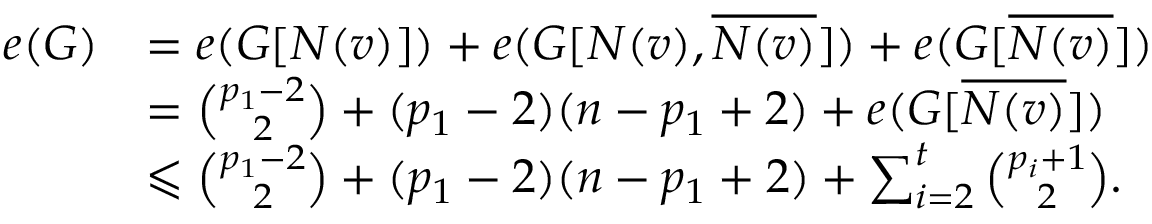
\begin{array} { r l } { e ( G ) } & { = e ( G [ N ( v ) ] ) + e ( G [ N ( v ) , \overline { { N ( v ) } } ] ) + e ( G [ \overline { { N ( v ) } } ] ) } \\ & { = \binom { p _ { 1 } - 2 } { 2 } + ( p _ { 1 } - 2 ) ( n - p _ { 1 } + 2 ) + e ( G [ \overline { { N ( v ) } } ] ) } \\ & { \leqslant \binom { p _ { 1 } - 2 } { 2 } + ( p _ { 1 } - 2 ) ( n - p _ { 1 } + 2 ) + \sum _ { i = 2 } ^ { t } \binom { p _ { i } + 1 } { 2 } . } \end{array}